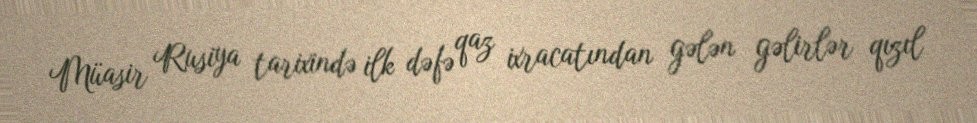
Müasir Rusiya tarixində ilk dəfə qaz ixracatından gələn gəlirlər qızıl